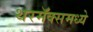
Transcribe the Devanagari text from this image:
थरमॅक्समध्ये